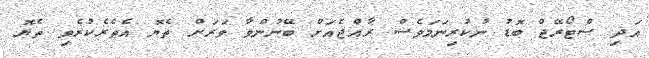
އަދި ސްޓޯރޭޖް ބޮޑު ނުކުރިނަމަވެސް ރާއްޖެއަށް ބޭނުންވާ ވަރަށް ތެޔޮ އެތެރެކުރެވި ތެޔޮ